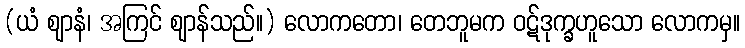
(ယံ ဈာနံ၊ အကြင် ဈာန်သည်။) လောကတော၊ တေဘူမက ဝဋ်ဒုက္ခဟူသော လောကမှ။